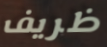
ظريف